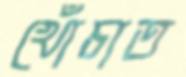
খোঁচাত